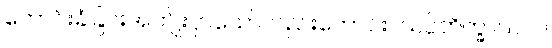
တောင်းခံခြင်းအကျိုးငှာသော်လည်းကောင်း။ သပ္ပိဘိက္ခာယ ဝါ၊